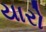
યારો